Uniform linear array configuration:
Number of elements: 8
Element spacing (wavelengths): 0.25
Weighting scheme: hamming
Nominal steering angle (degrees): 45
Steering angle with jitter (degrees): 46.332
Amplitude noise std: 0.05
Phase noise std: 0.05

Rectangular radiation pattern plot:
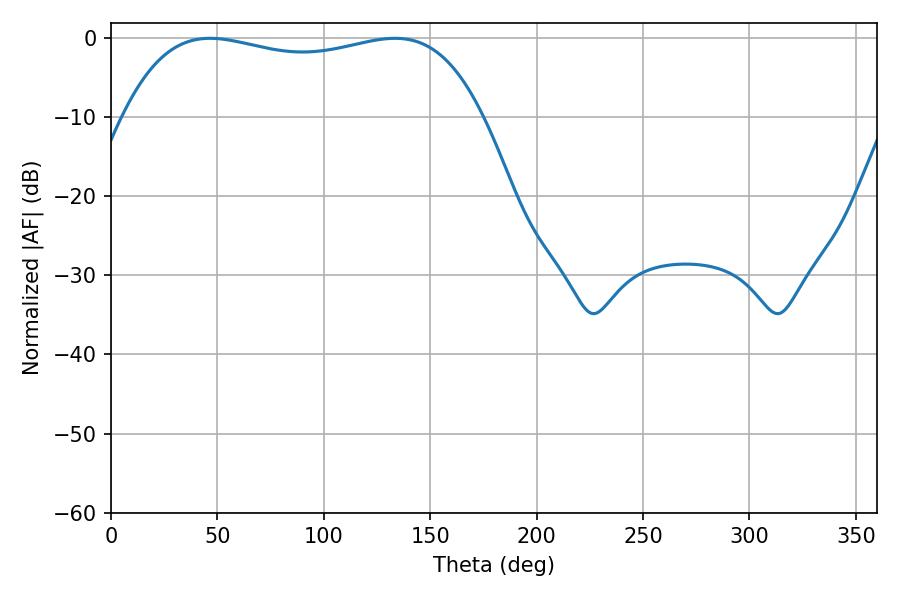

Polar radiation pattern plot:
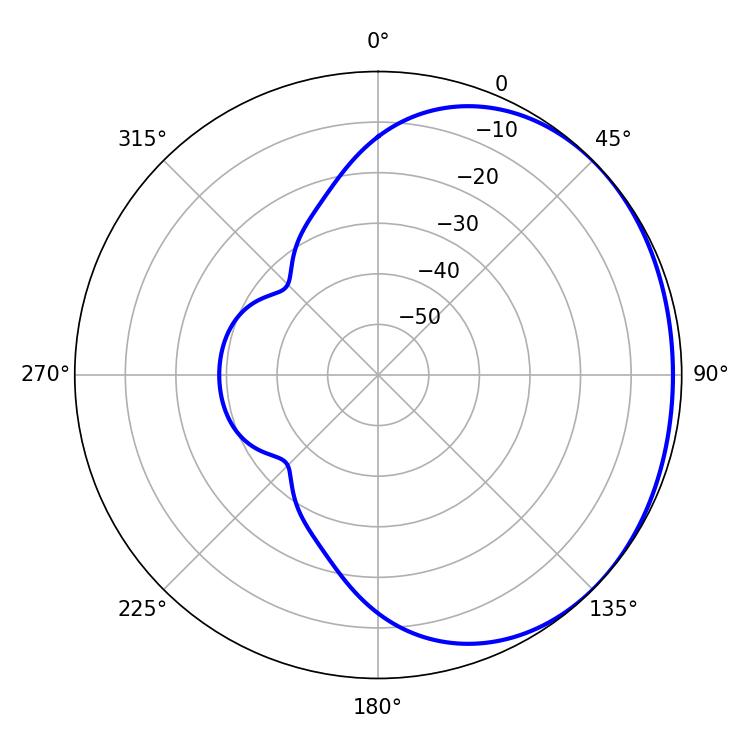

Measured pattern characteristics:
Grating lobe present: FALSE
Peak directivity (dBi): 1.069
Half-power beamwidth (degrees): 136.44
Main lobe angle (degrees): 46.62